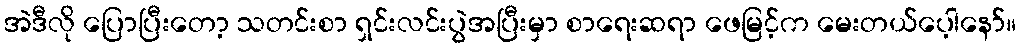
အဲဒီလို ပြောပြီးတော့ သတင်းစာ ရှင်းလင်းပွဲအပြီးမှာ စာရေးဆရာ ဖေမြင့်က မေးတယ်ပေ့ါနော်။